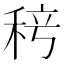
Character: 𬓨